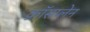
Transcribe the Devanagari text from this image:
क्रॉसप्लेन